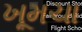
ખૂમચા